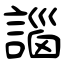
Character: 𧩣